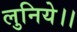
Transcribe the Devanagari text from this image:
लुनिये।।